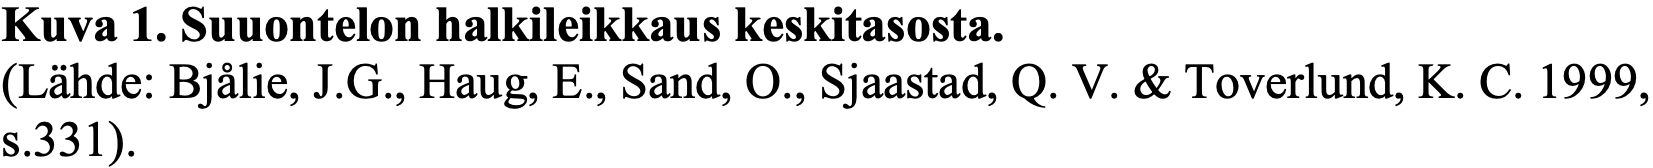
Kuva 1. Suuontelon halkileikkaus keskitasosta. (Lähde: Bjålie, J.G., Haug, E., Sand, O., Sjaastad, Q. V. & Toverlund, K. C. 1999, s.331).